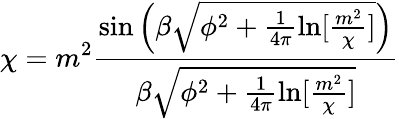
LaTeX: \chi=m^{2}\frac{\sin\left(\beta\sqrt{\phi^{2}+\frac{1}{4\pi}\ln[\frac{m^{2}}{\chi}]}\right)}{\beta\sqrt{\phi^{2}+\frac{1}{4\pi}\ln[\frac{m^{2}}{\chi}]}}